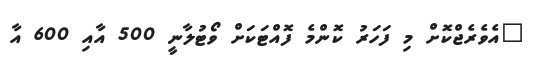
"އެވެރެޖްކޮށް މި ފަހަރު ކޮންމެ ފޮއްޓަކަށް ވޯޓުލާނީ 500 އާއި 600 އާ